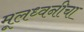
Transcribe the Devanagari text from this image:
मूलध्वनीचा